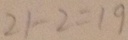
2 1 - 2 = 1 9